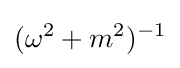
(\omega ^{2}+m^{2})^{-1}